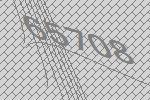
65708